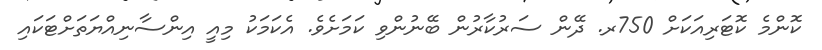
ކޮންމެ ކޮޓަރިއަކަށް 750ރ. ދޭން ސަރުކާރުން ބޭނުންވި ކަމަށެވެ. އެކަމަކު މިއީ އިންސާނިއްޔަތަށްޓަކައި